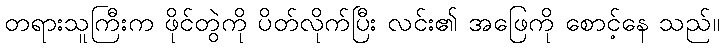
တရားသူကြီးက ဖိုင်တွဲကို ပိတ်လိုက်ပြီး လင်း၏ အဖြေကို စောင့်နေ သည်။